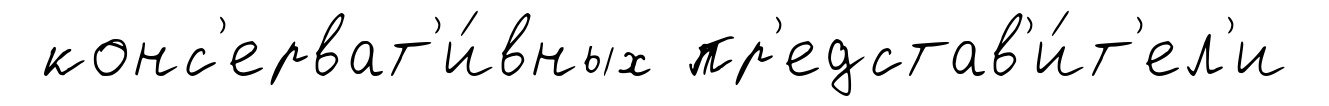
конс'ерват'и́вных пр'едстав'и́т'ел'и